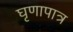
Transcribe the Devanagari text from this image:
घृणापात्र